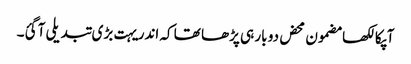
آپکا لکھا مضمون محض دو بار ہی پڑھا تھا کہ اندر یہت بڑی تبدیلی آ گئ۔